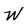
Character: W